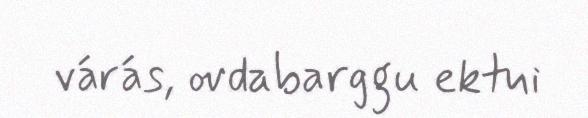
várás, ovdabarggu ektui